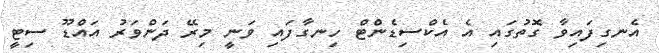
އެނގިފައިވާ ގޮތުގައި އެ އެކްސިޑެންޓް ހިނގާފައި ވަނީ މިރޭ ދަންވަރު އައްޑޫ ސިޓީ